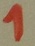
Text: 1